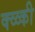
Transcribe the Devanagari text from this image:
क्व्व्की